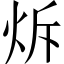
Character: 𤇚